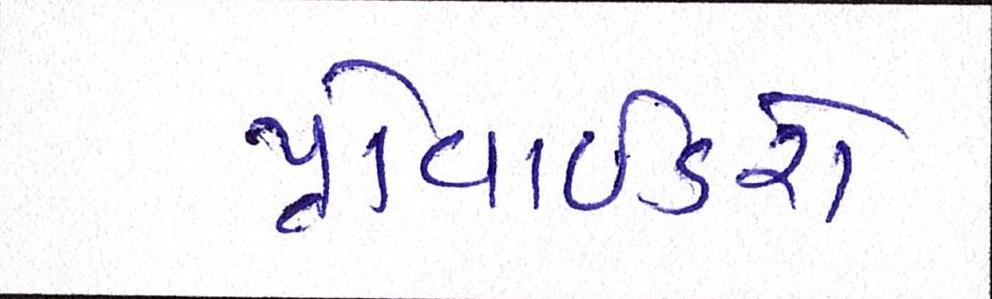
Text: પ્રોવાઈડરો